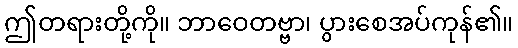
ဤတရားတို့ကို။ ဘာဝေတဗ္ဗာ၊ ပွားစေအပ်ကုန်၏။